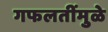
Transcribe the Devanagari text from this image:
गफलतींमुळे